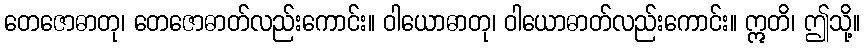
တေဇောဓာတု၊ တေဇောဓာတ်လည်းကောင်း။ ဝါယောဓာတု၊ ဝါယောဓာတ်လည်းကောင်း။ ဣတိ၊ ဤသို့။